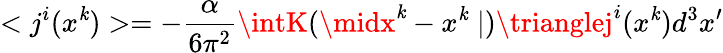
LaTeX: <j^{i}(x^{\mathit{k}})>=-\frac{{\alpha}}{{6\pi^{2}}}\intK(\midx^{\mathit{k}}-x^{\mathit{k}}\mid)\trianglej^{i}(x^{\mathit{k}})d^{3}x^{\prime}